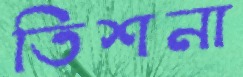
তিশনা